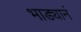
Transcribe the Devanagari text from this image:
भाड्यानं